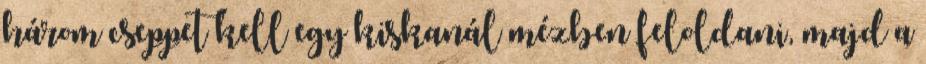
három cseppet kell egy kiskanál mézben feloldani, majd a